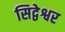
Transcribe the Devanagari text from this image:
सिद्वेश्वर